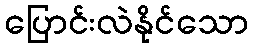
ပြောင်းလဲနိုင်သော